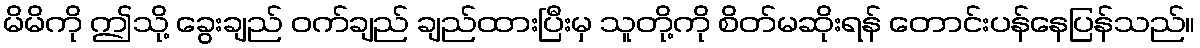
မိမိကို ဤသို့ ခွေးချည် ဝက်ချည် ချည်ထားပြီးမှ သူတို့ကို စိတ်မဆိုးရန် တောင်းပန်နေပြန်သည်။